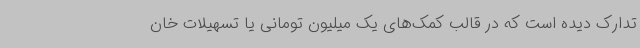
تدارک دیده است که در قالب کمک‌های یک میلیون تومانی یا تسهیلات خان